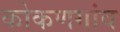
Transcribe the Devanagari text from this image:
कोकणगांव